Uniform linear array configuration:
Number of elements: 32
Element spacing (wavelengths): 0.75
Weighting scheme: cosine
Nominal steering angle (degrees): -60
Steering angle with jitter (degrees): -58.299
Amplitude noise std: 0.05
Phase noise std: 0.05

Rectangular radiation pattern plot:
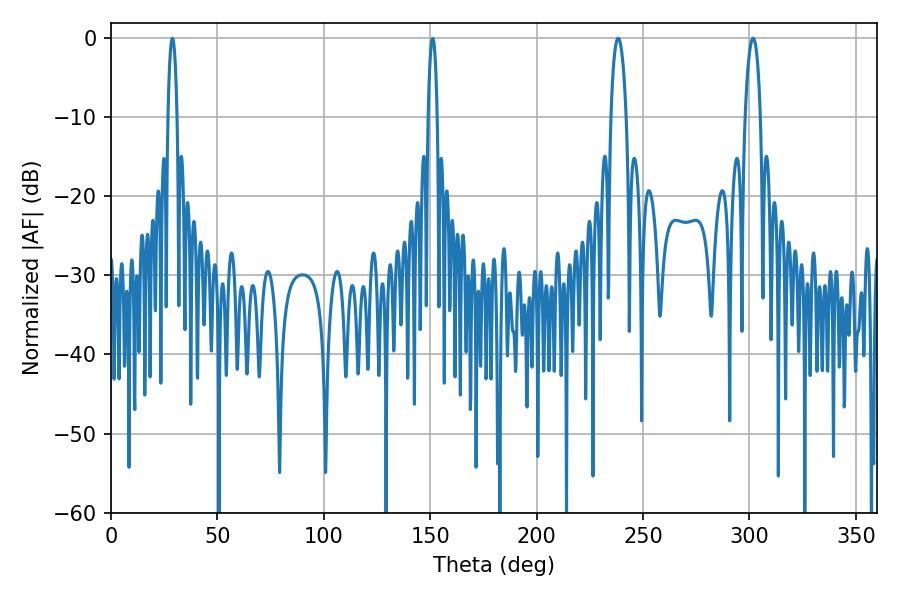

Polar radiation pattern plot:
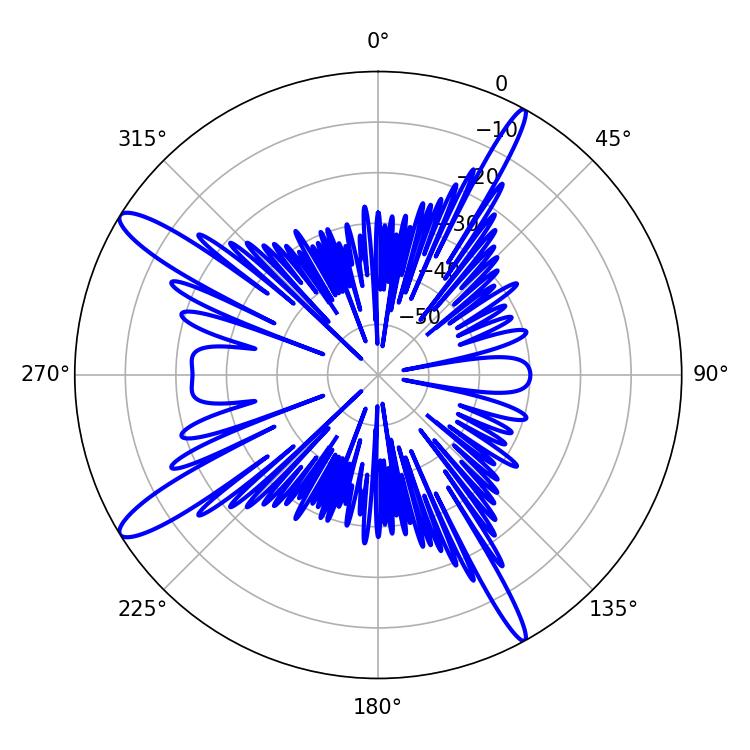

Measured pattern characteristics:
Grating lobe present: TRUE
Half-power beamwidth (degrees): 3.96
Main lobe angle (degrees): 301.68